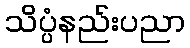
သိပ္ပံနည်းပညာ